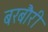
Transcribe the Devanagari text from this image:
बरबौरी